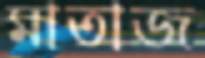
মাতাজ